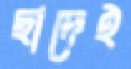
ছাদেই